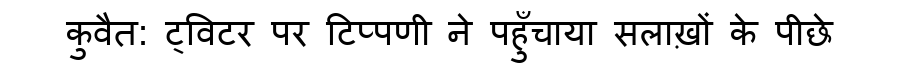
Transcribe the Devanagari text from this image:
कुवैत: ट्विटर पर टिप्पणी ने पहुँचाया सलाख़ों के पीछे